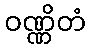
ဝဏ္ဏိတံ